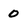
Character: 0